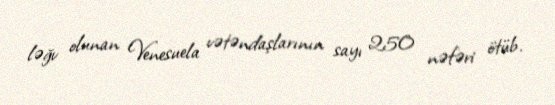
ləğv olunan Venesuela vətəndaşlarının sayı 250 nəfəri ötüb.